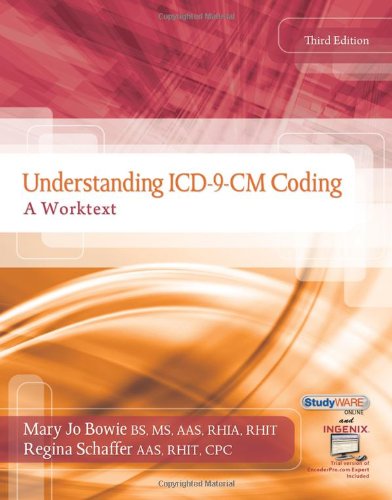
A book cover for Understanding ICD-9-CM Coding: A Worktext (Flexible Solutions - Your Key to Success); Mary Jo Bowie; Medical Books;